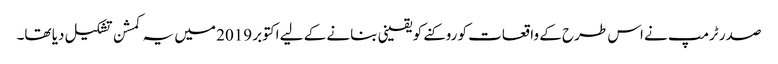
صدر ٹرمپ نے اس طرح کے واقعات کو روکنے کو یقینی بنانے کے لیے اکتوبر 2019 میں یہ کمشن تشکیل دیا تھا۔